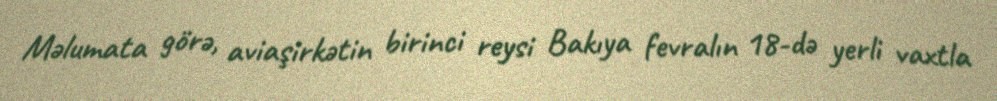
Məlumata görə, aviaşirkətin birinci reysi Bakıya fevralın 18-də yerli vaxtla